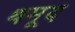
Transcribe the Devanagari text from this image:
थमूद